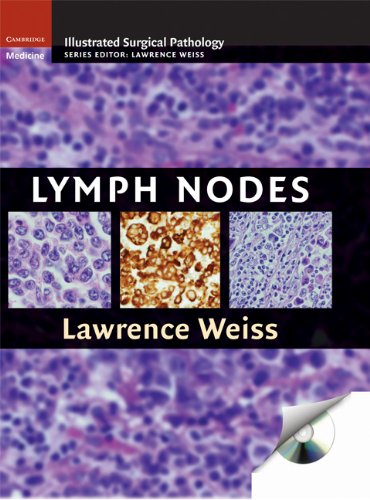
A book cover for Lymph Nodes (Cambridge Illustrated Surgical Pathology); Lawrence M. Weiss; Medical Books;